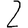
Digit: 2